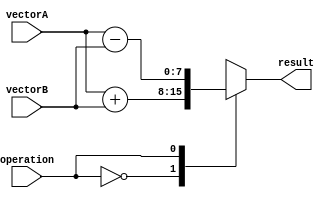
module VectorALU (
  input wire [7:0] vectorA,
  input wire [7:0] vectorB,
  input wire operation,
  output reg [7:0] result
);

always @ (vectorA, vectorB, operation)
begin
  case(operation)
    2'b00: // Addition
      result = vectorA + vectorB;
    2'b01: // Subtraction
      result = vectorA - vectorB;
    2'b10: // Multiplication
      result = vectorA * vectorB;
    2'b11: // Division
      result = vectorA / vectorB;
    default: // Default to Addition
      result = vectorA + vectorB;
  endcase
end

endmodule